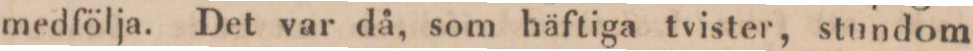
medfölja. Det var då, som häftiga tvister, stundom